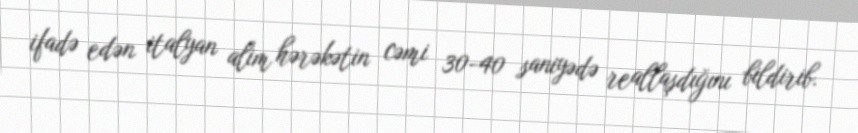
ifadə edən italyan alim hərəkətin cəmi 30-40 saniyədə reallaşdığını bildirib.